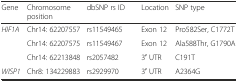
| Gene | Chromosome position | dbSNP rs ID | Location | SNP type |
 | --- | --- | --- | --- | --- |
 | HIF1A | Chr14: 62207557 | rs11549465 | Exon 12 | Pro582Ser, C1772T |
 |  | Chr14: 62207575 | rs11549467 | Exon 12 | Ala588Thr, G1790A |
 |  | Chr14: 62213848 | rs2057482 | 3′ UTR | C191T |
 | WISP1 | Chr8: 134229883 | rs2929970 | 3′ UTR | A2364G |